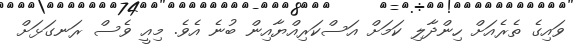
ވައިގެ ތެރެއަށް ހިންދާލި ކަމަށް އަސްކަރިއްޔާއިން ބުނެ އެވެ. މިއީ ވެސް ރަނގަޅަށް